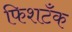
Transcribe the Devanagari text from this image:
फिशटँक